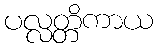
ပလ္လတ္တိကာယ